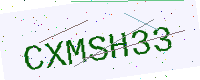
Text: CXMSH33